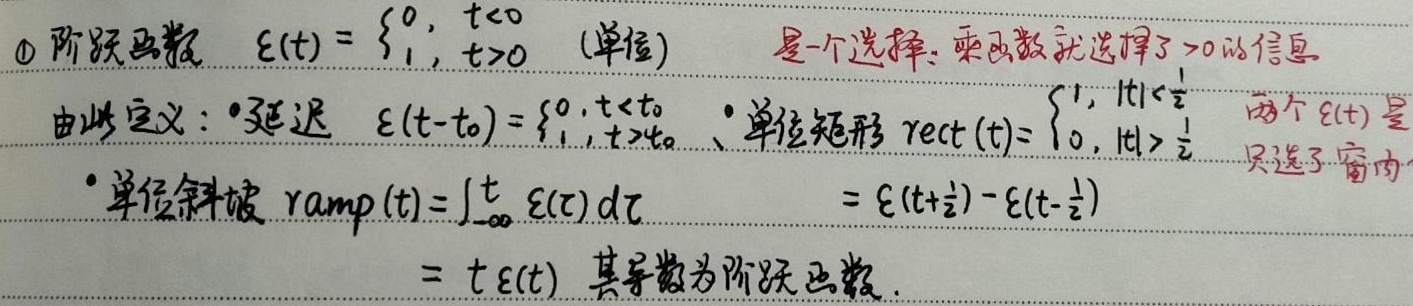
\textcircled{1} 阶跃函数
\(\varepsilon(t)=\begin{cases}0, & t<0 \\ 1, & t > 0\end{cases}\)
(单位) 是一个选择：乘函数就选择了 \(>0\) 的信息。由此定义：
 - 延迟 \(\varepsilon(t - t_0)=\begin{cases}0, & t<t_0 \\ 1, & t>t_0\end{cases}\)
 - 单位矩形 \(\text{rect}(t)=\begin{cases}1, & |t|<\frac{1}{2} \\ 0, & |t|>\frac{1}{2}\end{cases}\) ，两个 \(\varepsilon(t)\) 是只选了窗内。
 - 单位斜坡 \(\text{ramp}(t)=\int_{-\infty}^{t}\varepsilon(\tau)d\tau=\varepsilon(t + \frac{1}{2})-\varepsilon(t-\frac{1}{2})=t\varepsilon(t)\) ，其导数为阶跃函数。